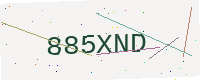
Text: 885XND